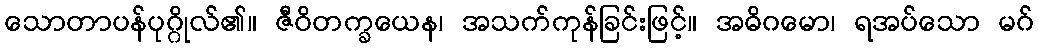
သောတာပန်ပုဂ္ဂိုလ်၏။ ဇီဝိတက္ခယေန၊ အသက်ကုန်ခြင်းဖြင့်။ အဓိဂမော၊ ရအပ်သော မဂ်